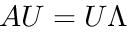
A U = U \Lambda